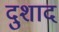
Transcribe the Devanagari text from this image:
दुशाद